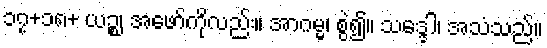
၁၇+၁၈+ ယဉ္စ၊ အဖော်ကိုလည်း။ အာဂမ္မ၊ စွဲ၍။ သဒ္ဒေါ၊ အသံသည်။